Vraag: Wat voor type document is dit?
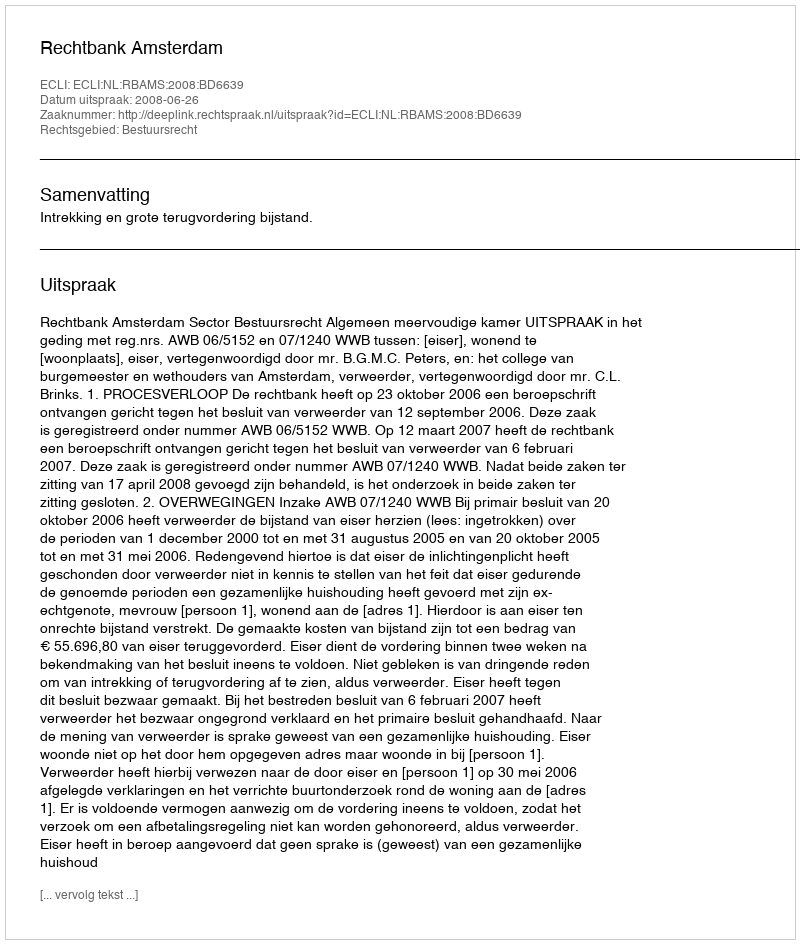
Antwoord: Uitspraak